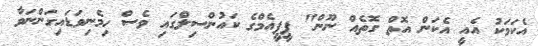
އެކަމަކު އެއީ އެކަން އޮތް ގޮތެއް ނޫން" ޕީޕީއެމްގެ ކައުންސިލްގައި ވެސް ހިމެނިވަޑައިގަންނަވާ